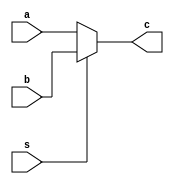
`timescale 1ns / 1ps
//////////////////////////////////////////////////////////////////////////////////
// Company: 
// Engineer: 
// 
// Design Name: 
// Module Name: Mux2x1
// Project Name: 
// Target Devices: 
// Tool Versions: 
// Description: 
// 
// Dependencies: 
// 
// Revision:
// Revision 0.01 - File Created
// Additional Comments:
// 
//////////////////////////////////////////////////////////////////////////////////


module Mux2x1(input a,b,s, output c);

assign c = s ? b : a;

endmodule